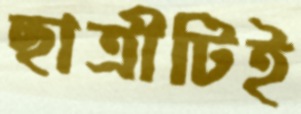
ছাত্রীটিই